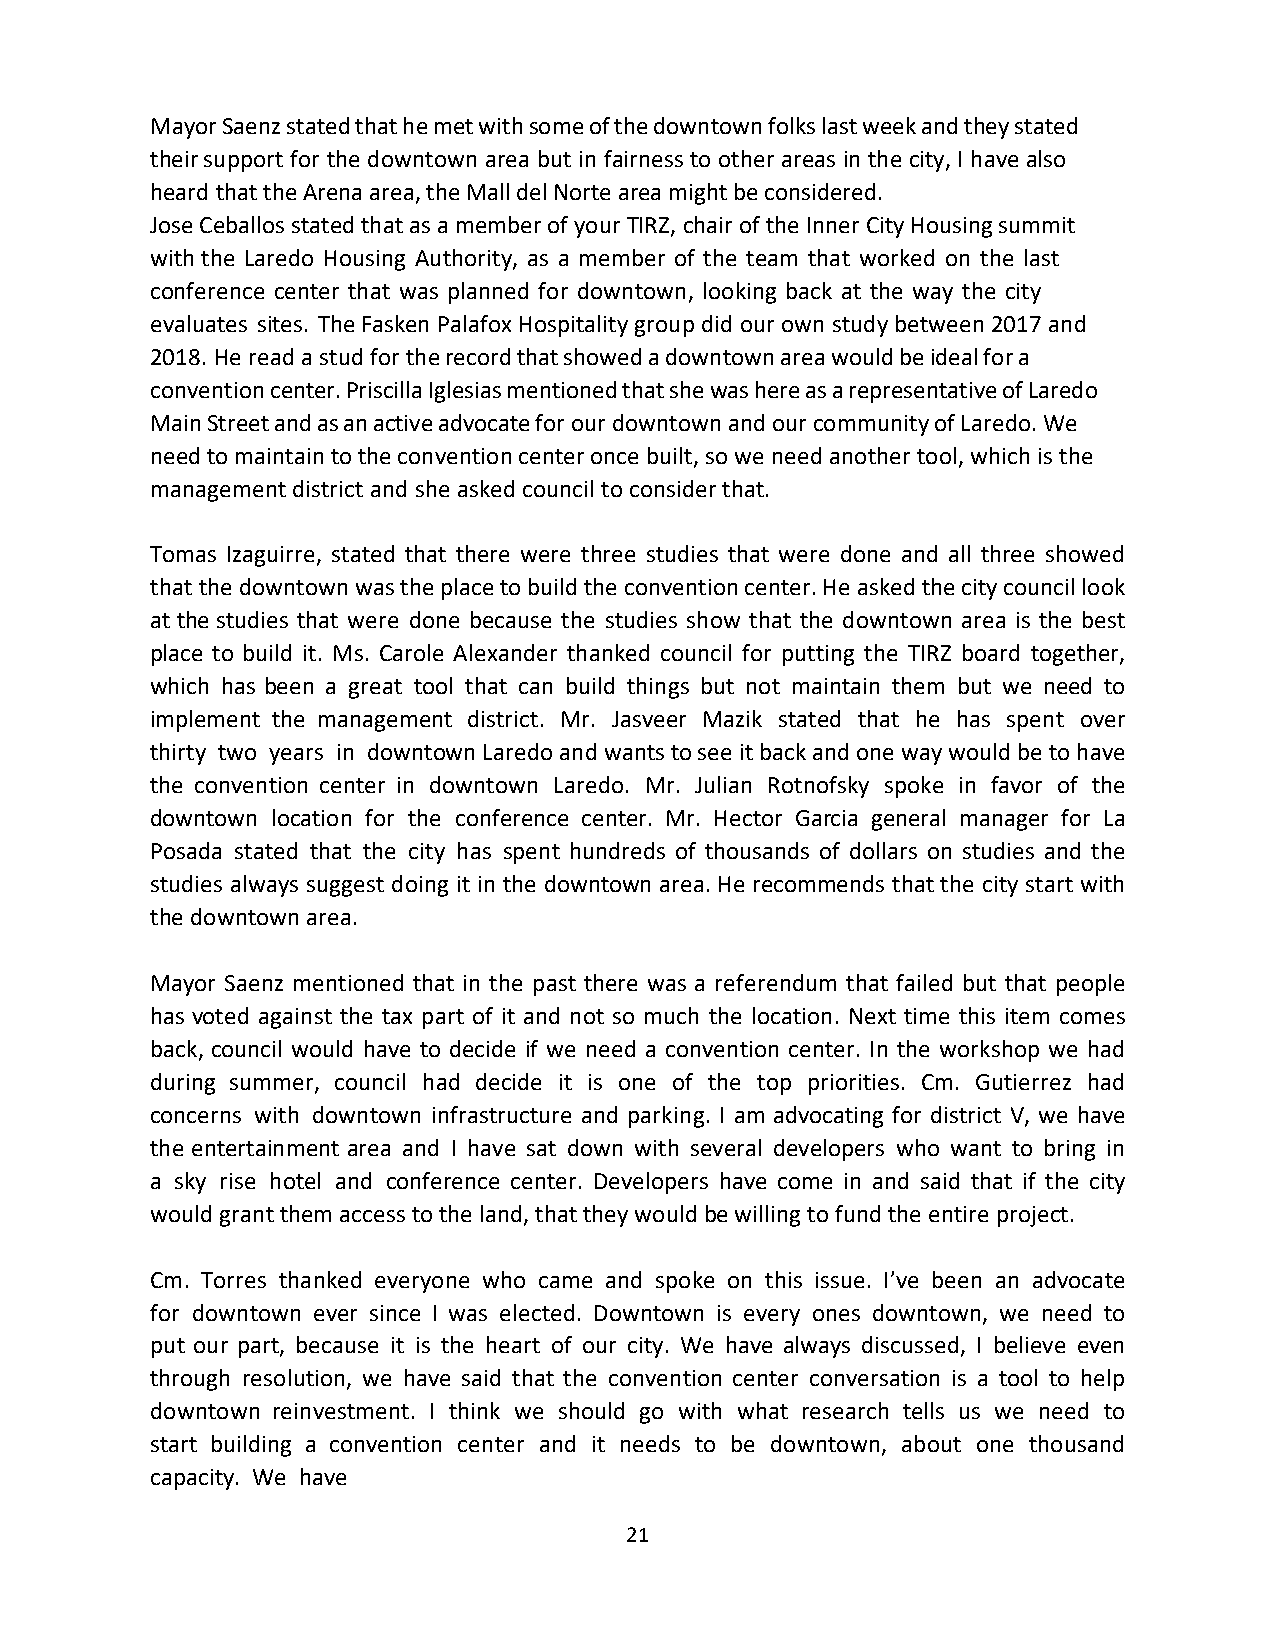
Mayor Saenz stated that he met with some of the downtown folks last week and they stated
 their support for the downtown area but in fairness to other areas in the city, I have also
 heard that the Arena area, the Mall del Norte area might be considered.
 Jose Ceballos stated that as a member of your TIRZ, chair of the Inner City Housing summit
 with the Laredo Housing Authority, as a member of the team that worked on the last
 conference center that was planned for downtown, looking back at the way the city
 evaluates sites. The Fasken Palafox Hospitality group did our own study between 2017 and
 2018. He read a stud for the record that showed a downtown area would be ideal for a
 convention center. Priscilla Iglesias mentioned that she was here as a representative of Laredo
 Main Street and as an active advocate for our downtown and our community of Laredo. We
 need to maintain to the convention center once built, so we need another tool, which is the
 management district and she asked council to consider that.
 Tomas Izaguirre, stated that there were three studies that were done and all three showed
 that the downtown was the place to build the convention center. He asked the city council look
 at the studies that were done because the studies show that the downtown area is the best
 place to build it. Ms. Carole Alexander thanked council for putting the TIRZ board together,
 which has been a great tool that can build things but not maintain them but we need to
 implement the management district. Mr. Jasveer Mazik stated that he has spent over
 thirty two years in downtown Laredo and wants to see it back and one way would be to have
 the convention center in downtown Laredo. Mr. Julian Rotnofsky spoke in favor of the
 downtown location for the conference center. Mr. Hector Garcia general manager for La
 Posada stated that the city has spent hundreds of thousands of dollars on studies and the
 studies always suggest doing it in the downtown area. He recommends that the city start with
 the downtown area.
 Mayor Saenz mentioned that in the past there was a referendum that failed but that people
 has voted against the tax part of it and not so much the location. Next time this item comes
 back, council would have to decide if we need a convention center. In the workshop we had
 during summer, council had decide it is one of the top priorities. Cm. Gutierrez had
 concerns with downtown infrastructure and parking. I am advocating for district V, we have
 the entertainment area and I have sat down with several developers who want to bring in
 a sky rise hotel and conference center. Developers have come in and said that if the city
 would grant them access to the land, that they would be willing to fund the entire project.
 Cm. Torres thanked everyone who came and spoke on this issue. I’ve been an advocate
 for downtown ever since I was elected. Downtown is every ones downtown, we need to
 put our part, because it is the heart of our city. We have always discussed, I believe even
 through resolution, we have said that the convention center conversation is a tool to help
 downtown reinvestment. I think we should go with what research tells us we need to
 start building a convention center and it needs to be downtown, about one thousand
 capacity. We have
 21